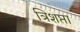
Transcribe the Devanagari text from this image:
त्रिशप्ता